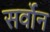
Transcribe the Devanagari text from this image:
सर्वोन